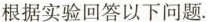
根据实验回答以下问题。